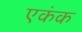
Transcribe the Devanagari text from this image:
एकंक